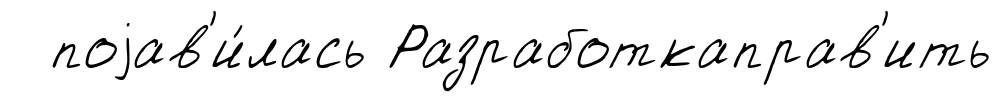
поjав'и́лась Разработкаправ'ить